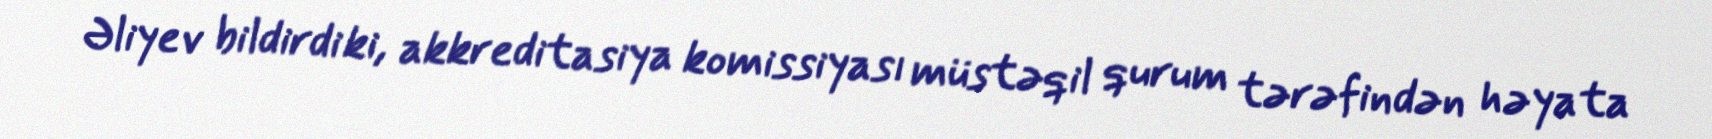
Əliyev bildirdi ki, akkreditasiya komissiyası müstəqil qurum tərəfindən həyata